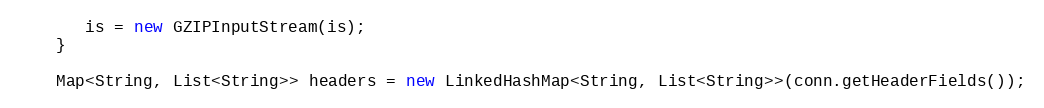
Language: Java
       is = new GZIPInputStream(is);
    }

    Map<String, List<String>> headers = new LinkedHashMap<String, List<String>>(conn.getHeaderFields());